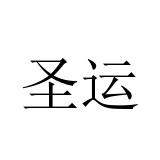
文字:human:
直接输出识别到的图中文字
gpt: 圣运